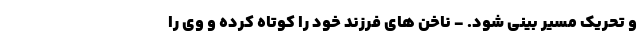
و تحریک مسیر بینی شود. - ناخن های فرزند خود را کوتاه کرده و وی را